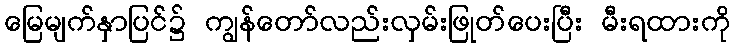
မြေမျက်နှာပြင်၌ ကျွန်တော်လည်းလှမ်းဖြုတ်ပေးပြီး မီးရထားကို